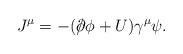
LaTeX: \begin{align*}J^\mu = -(/\hspace{-0.5em}\partial\phi + U)\gamma^\mu\psi.\end{align*}